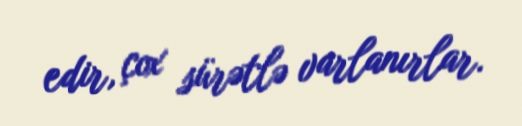
edir, çox sürətlə varlanırlar.